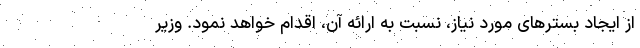
از ایجاد بسترهای مورد نیاز، نسبت به ارائه آن، اقدام خواهد نمود. وزیر